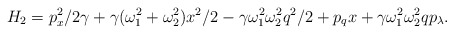
\begin{align*}H_2=p_x^2/2\gamma+\gamma(\omega_1^2+\omega_2^2)x^2/2 -\gamma\omega_1^2\omega_2^2q^2/2+p_qx +\gamma\omega_1^2\omega_2^2qp_{\lambda}.\end{align*}